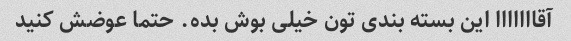
آقااااااا این بسته بندی تون خیلی بوش بده. حتما عوضش کنید